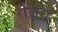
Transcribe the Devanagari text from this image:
रोज़स